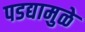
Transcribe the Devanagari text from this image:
पडद्यामुळे